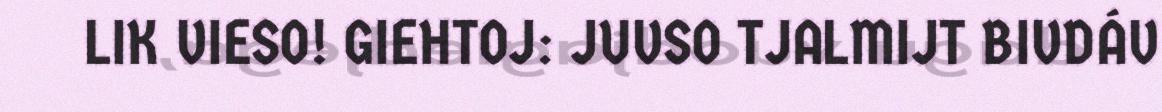
LIK VIESO! GIEHTOJ: JUVSO TJALMIJT BIVDÁV